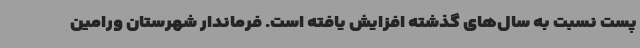
پست نسبت به سال‌های گذشته افزایش یافته است. فرماندار شهرستان ورامین